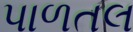
પાળતલ